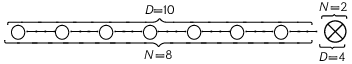
\underbrace { \overbrace { \bigcirc \! \! - \! \! \! - \! \! \! - \! \! \bigcirc \! \! - \! \! \! - \! \! \! - \! \! \bigcirc \! \! - \! \! \! - \! \! \! - \! \! \bigcirc \! \! - \! \! \! - \! \! \! - \! \! \bigcirc \! \! - \! \! \! - \! \! \! - \! \! \bigcirc \! \! - \! \! \! - \! \! \! - \! \! \bigcirc \! \! - \! \! \! - \! \! \! - \! \! } ^ { D = 1 0 } } _ { N = 8 } \underbrace { \overbrace { \bigotimes } ^ { N = 2 } } _ { D = 4 }